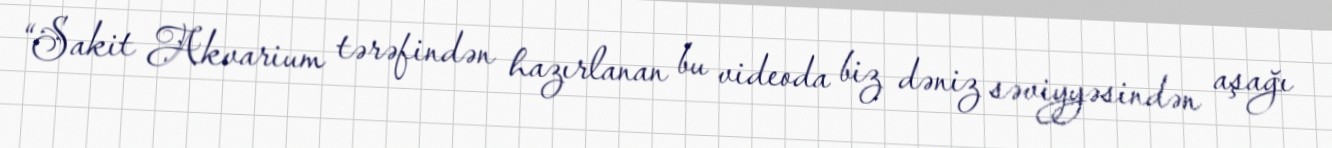
“Sakit Akvarium tərəfindən hazırlanan bu videoda biz dəniz səviyyəsindən aşağı